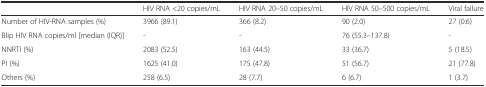
|  | HIV RNA <20 copies/mL | HIV RNA 20–50 copies/mL | HIV RNA 50–500 copies/mL | Viral failure |
 | --- | --- | --- | --- | --- |
 | Number of HIV-RNA samples (%) | 3966 (89.1) | 366 (8.2) | 90 (2.0) | 27 (0.6) |
 | Blip HIV RNA copies/ml [median (IQR)] | - | - | 76 (55.3–137.8) | - |
 | NNRTI (%) | 2083 (52.5) | 163 (44.5) | 33 (36.7) | 5 (18.5) |
 | PI (%) | 1625 (41.0) | 175 (47.8) | 51 (56.7) | 21 (77.8) |
 | Others (%) | 258 (6.5) | 28 (7.7) | 6 (6.7) | 1 (3.7) |